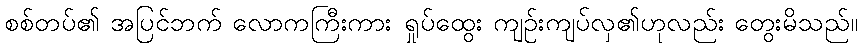
စစ်တပ်၏ အပြင်ဘက် လောကကြီးကား ရှုပ်ထွေး ကျဉ်းကျပ်လှ၏ဟုလည်း တွေးမိသည်။